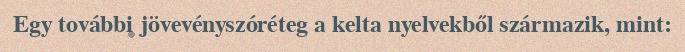
Egy további jövevényszóréteg a kelta nyelvekből származik, mint: